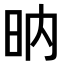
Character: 𣅚